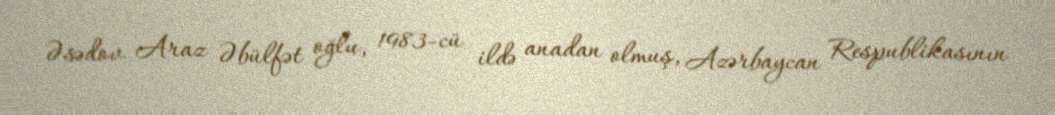
Əsədov Araz Əbülfət oğlu, 1983-cü ildə anadan olmuş, Azərbaycan Respublikasının